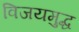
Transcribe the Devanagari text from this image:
विजयमुद्ध